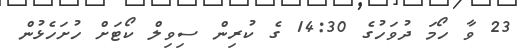
23 ވާ ހޯމަ ދުވަހުގެ 14:30 ގެ ކުރިން ސިވިލް ކޯޓަށް ހުށަހެޅުން